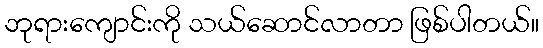
ဘုရားကျောင်းကို သယ်ဆောင်လာတာ ဖြစ်ပါတယ်။